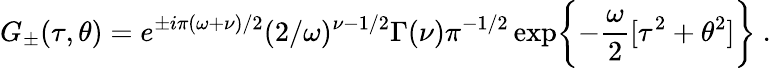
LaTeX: G_{\pm}(\tau,\theta)=e^{\pm i\pi(\omega+\nu)/2}(2/\omega)^{\nu-1/2}\Gamma(\nu)\pi^{-1/2}\exp\biggl\{ -\frac{\omega}{2}[\tau^{2}+\theta^{2}]\biggr\} \ .